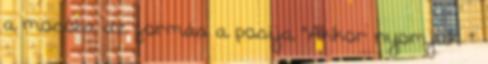
a mosóba de formás a posija "Akkor nyomjuk "